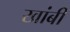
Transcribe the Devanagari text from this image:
खांबी